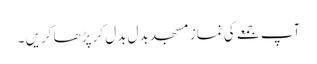
آپ جمعے کی نماز مسجد بدل بدل کر پڑھا کریں ۔